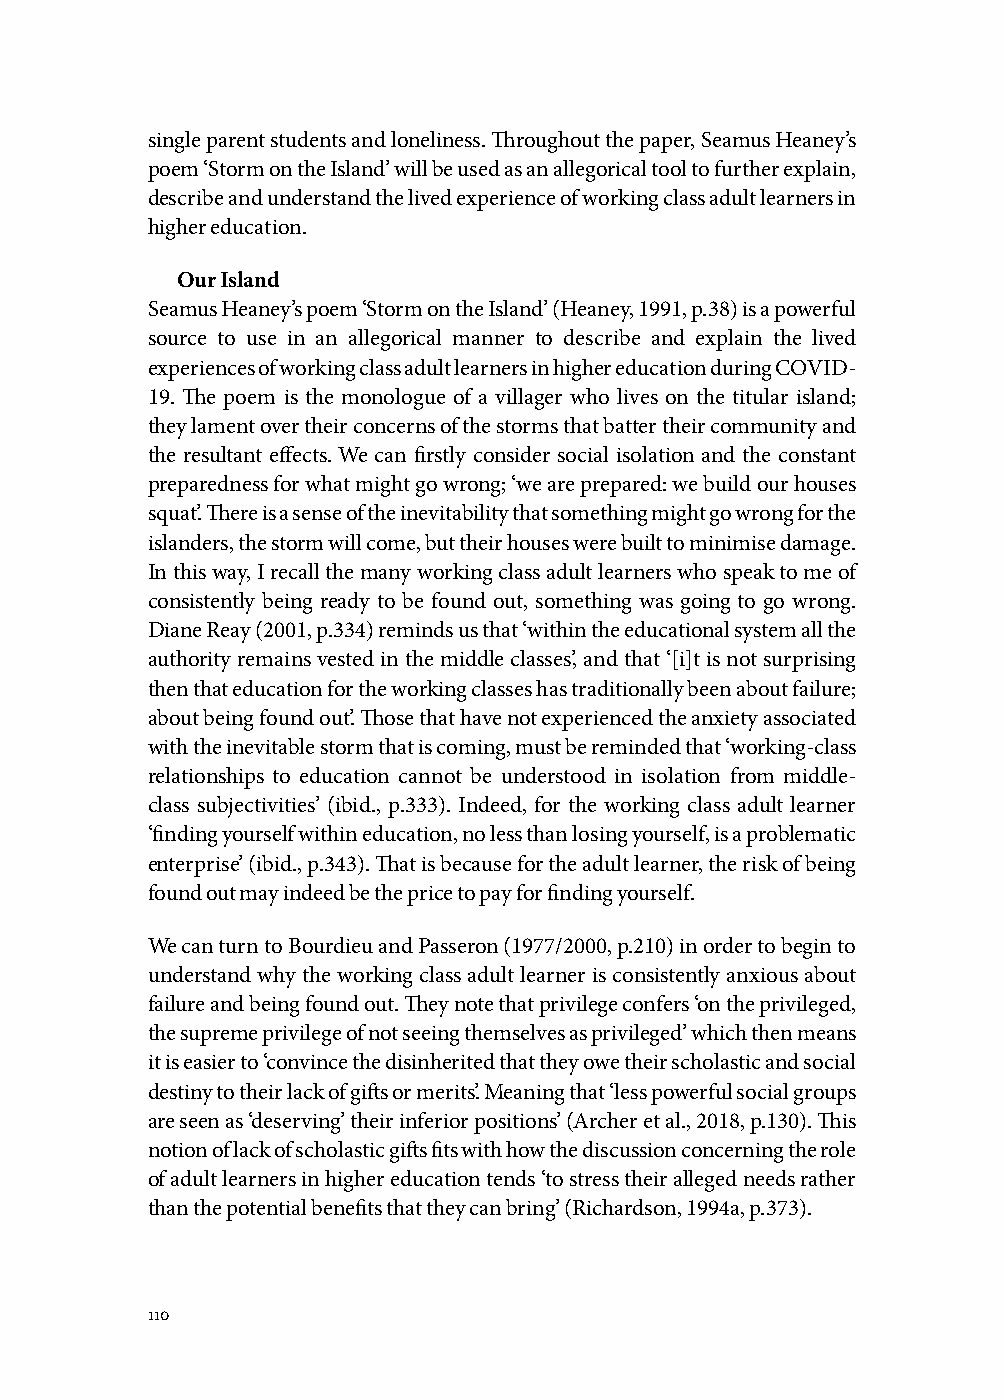
single parent students and loneliness. Throughout the paper, Seamus Heaney’s
 poem ‘Storm on the Island’ will be used as an allegorical tool to further explain,
 describe and understand the lived experience of working class adult learners in
 higher education.
 Our Island
 Seamus Heaney’s poem ‘Storm on the Island’ (Heaney, 1991, p.38) is a powerful
 source to use in an allegorical manner to describe and explain the lived
 experiences of working class adult learners in higher education during COVID-
 19. The poem is the monologue of a villager who lives on the titular island;
 they lament over their concerns of the storms that batter their community and
 the resultant effects. We can firstly consider social isolation and the constant
 preparedness for what might go wrong; ‘we are prepared: we build our houses
 squat’. There is a sense of the inevitability that something might go wrong for the
 islanders, the storm will come, but their houses were built to minimise damage.
 In this way, I recall the many working class adult learners who speak to me of
 consistently being ready to be found out, something was going to go wrong.
 Diane Reay (2001, p.334) reminds us that ‘within the educational system all the
 authority remains vested in the middle classes’, and that ‘[i]t is not surprising
 then that education for the working classes has traditionally been about failure;
 about being found out’. Those that have not experienced the anxiety associated
 with the inevitable storm that is coming, must be reminded that ‘working-class
 relationships to education cannot be understood in isolation from middle-
 class subjectivities’ (ibid., p.333). Indeed, for the working class adult learner
 ‘finding yourself within education, no less than losing yourself, is a problematic
 enterprise’ (ibid., p.343). That is because for the adult learner, the risk of being
 found out may indeed be the price to pay for finding yourself.
 We can turn to Bourdieu and Passeron (1977/2000, p.210) in order to begin to
 understand why the working class adult learner is consistently anxious about
 failure and being found out. They note that privilege confers ‘on the privileged,
 the supreme privilege of not seeing themselves as privileged’ which then means
 it is easier to ‘convince the disinherited that they owe their scholastic and social
 destiny to their lack of gifts or merits’. Meaning that ‘less powerful social groups
 are seen as ‘deserving’ their inferior positions’ (Archer et al., 2018, p.130). This
 notion of lack of scholastic gifts fits with how the discussion concerning the role
 of adult learners in higher education tends ‘to stress their alleged needs rather
 than the potential benefits that they can bring’ (Richardson, 1994a, p.373).
 110